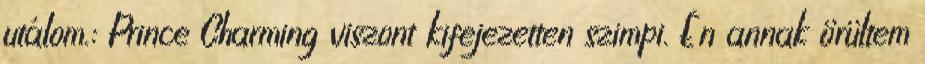
utálom.: Prince Charming viszont kifejezetten szimpi. Én annak örültem